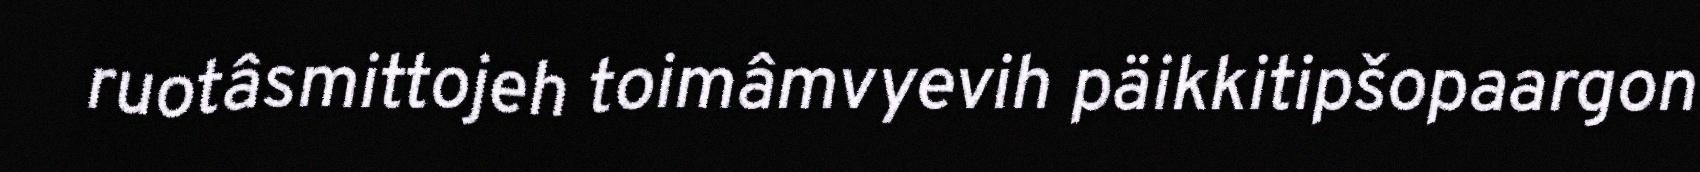
ruotâsmittojeh toimâmvyevih päikkitipšopaargon